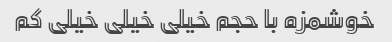
خوشمزه با حجم خیلی خیلی خیلی کم